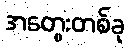
အတွေးတစ်ခု